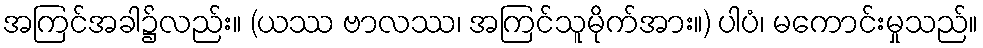
အကြင်အခါ၌လည်း။ (ယဿ ဗာလဿ၊ အကြင်သူမိုက်အား။) ပါပံ၊ မကောင်းမှုသည်။